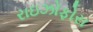
રાઇઝોફોરા